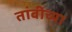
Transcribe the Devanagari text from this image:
तांबीच्या